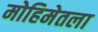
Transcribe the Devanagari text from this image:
मोहिमेतला